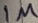
Text: 1M